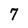
Character: 7